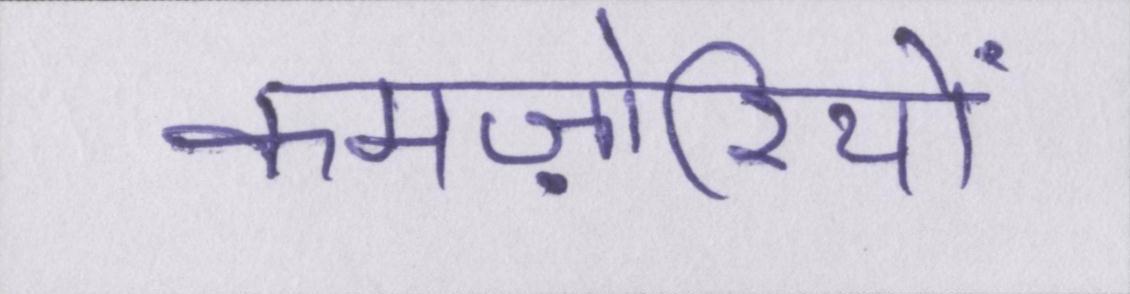
कमज़ोरियों